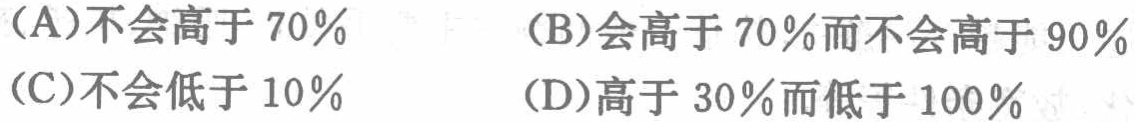
(A)不会高于 \(70\%\)  (B)会高于 \(70\%\)而不会高于 \(90\%\)
(C)不会低于 \(10\%\)  (D)高于 \(30\%\)而低于 \(100\%\)